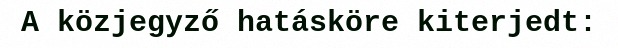
A közjegyző hatásköre kiterjedt: